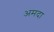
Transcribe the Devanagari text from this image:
अमदा